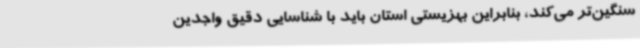
سنگین‌تر می‌کند، بنابراین بهزیستی استان باید با شناسایی دقیق واجدین